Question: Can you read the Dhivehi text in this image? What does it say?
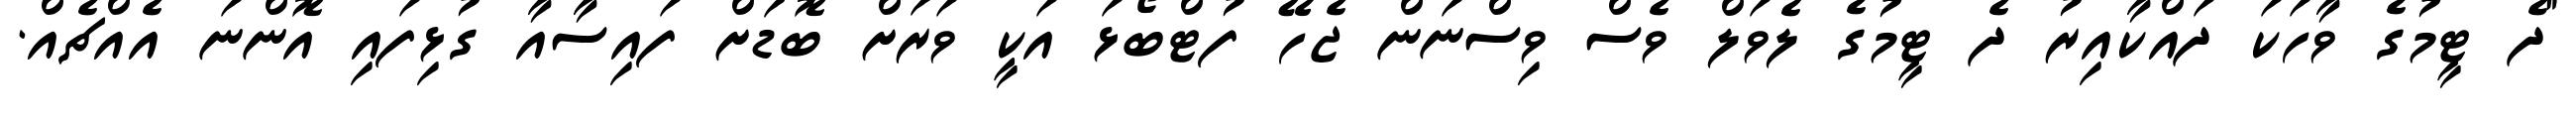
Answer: "ދެ ޓީމުގެ ވާހަކަ ދައްކާއިރު ދެ ޓީމުގެ ލެވަލް ވެސް ވިސްނަން ޖެހޭ ފުޓްބޯޅަ އަކީ ވަރަށް ބޮޑަށް ފައިސާއާ ގުޅިފައި އޮންނަ އެއްޗެއް.